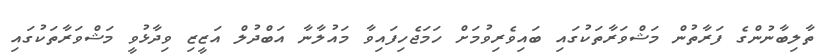
ތާލިބާނުންގެ ފަރާތުން މަޝްވަރާތަކުގައި ބައިވެރިވުމަށް ހަމަޖެހިފައިވާ މައުލާނާ އަބްދުލް އަޒީޒި ވިދާޅުވީ މަޝްވަރާތަކުގައި